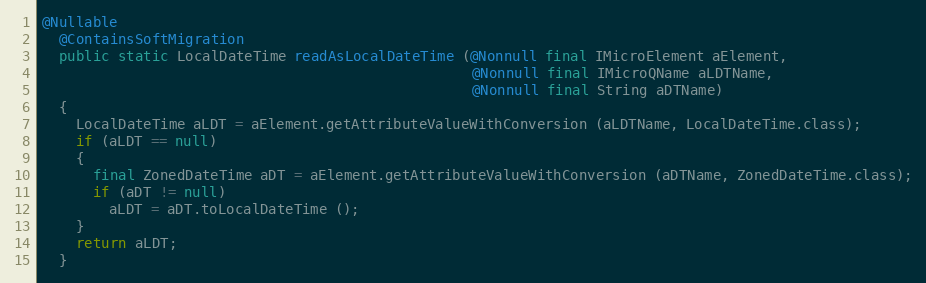
Language: Java
@Nullable
  @ContainsSoftMigration
  public static LocalDateTime readAsLocalDateTime (@Nonnull final IMicroElement aElement,
                                                   @Nonnull final IMicroQName aLDTName,
                                                   @Nonnull final String aDTName)
  {
    LocalDateTime aLDT = aElement.getAttributeValueWithConversion (aLDTName, LocalDateTime.class);
    if (aLDT == null)
    {
      final ZonedDateTime aDT = aElement.getAttributeValueWithConversion (aDTName, ZonedDateTime.class);
      if (aDT != null)
        aLDT = aDT.toLocalDateTime ();
    }
    return aLDT;
  }